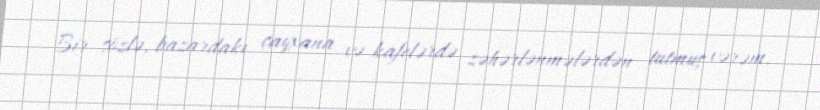
Bir sözlə, bazardakı çayxana və kafelərdə zəhərlənmələrdən tutmuş vərəm,